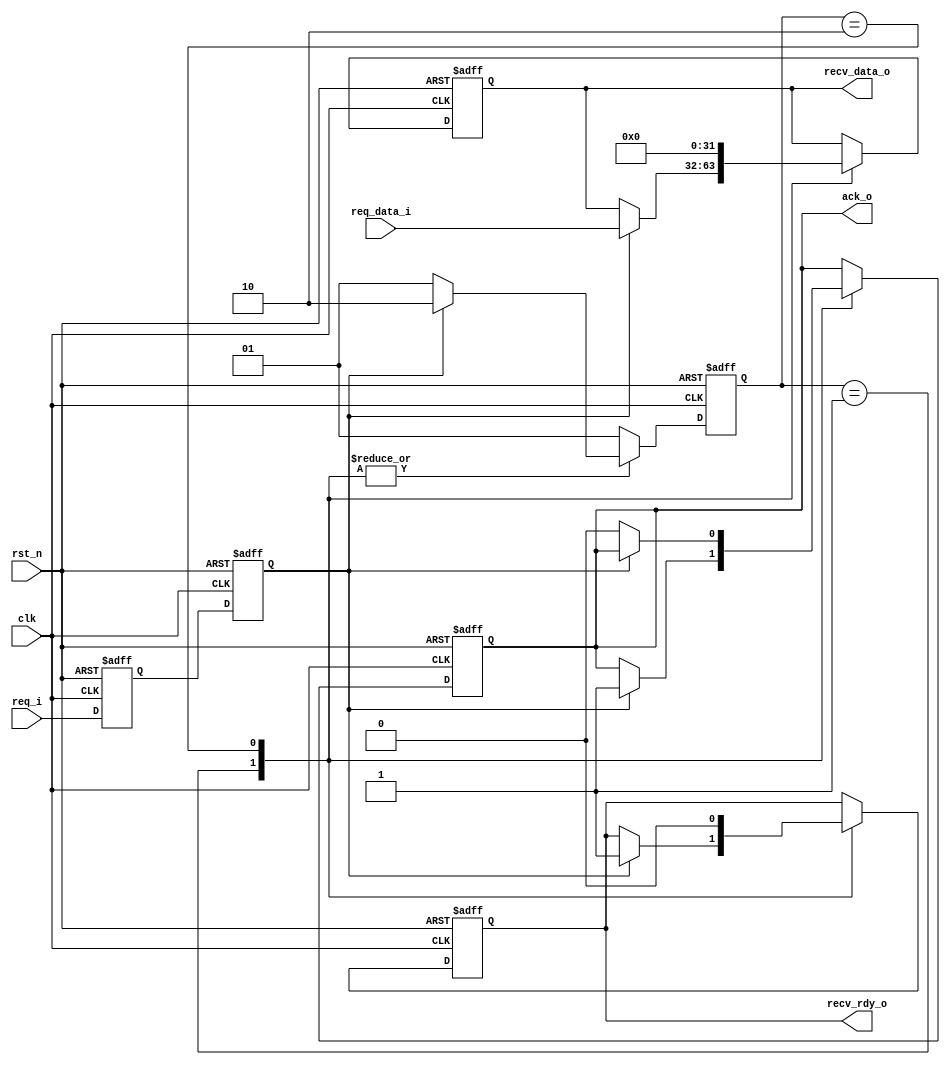
module full_handshake_rx #(
   parameter DW = 32)(             // RXҪݵλ

   input wire clk,                 // RXʱź
   input wire rst_n,               // RX˸λź

   // from tx
   input wire req_i,               // TXź
   input wire[DW-1:0] req_data_i,  // TX

   // to tx
   output wire ack_o,              // RXӦTXź

   // to rx
   output wire[DW-1:0] recv_data_o,// RX˽յ
   output wire recv_rdy_o          // RXǷյź

   );

   localparam STATE_IDLE     = 2'b01;
   localparam STATE_DEASSERT = 2'b10;

   reg[1:0] state;
   reg[1:0] state_next;

   always @ (posedge clk or negedge rst_n) begin
       if (!rst_n) begin
           state <= STATE_IDLE;
       end else begin
           state <= state_next;
       end
   end

   always @ (*) begin
       case (state)
           // ȴTXźreq=1
           STATE_IDLE: begin
               if (req == 1'b1) begin
                   state_next = STATE_DEASSERT;
               end else begin
                   state_next = STATE_IDLE;
               end
           end
           // ȴreq=0
           STATE_DEASSERT: begin
               if (req) begin
                   state_next = STATE_DEASSERT;
               end else begin
                   state_next = STATE_IDLE;
               end
           end
           default: begin
               state_next = STATE_IDLE;
           end
       endcase
   end

   reg req_d;
   reg req;

   // źŴĽͬ
   always @ (posedge clk or negedge rst_n) begin
       if (!rst_n) begin
           req_d <= 1'b0;
           req <= 1'b0;
       end else begin
           req_d <= req_i;
           req <= req_d;
       end
   end

   reg[DW-1:0] recv_data;
   reg recv_rdy;
   reg ack;

   always @ (posedge clk or negedge rst_n) begin
       if (!rst_n) begin
           ack <= 1'b0;
           recv_rdy <= 1'b0;
           recv_data <= {(DW){1'b0}};
       end else begin
           case (state)
               STATE_IDLE: begin
                   if (req == 1'b1) begin
                       ack <= 1'b1;
                       recv_rdy <= 1'b1;           // źֻһʱ
                       recv_data <= req_data_i;    // źֻһʱ
                   end
               end
               STATE_DEASSERT: begin
                   recv_rdy <= 1'b0;
                   recv_data <= {(DW){1'b0}};
                   // reqackҲ
                   if (req == 1'b0) begin
                       ack <= 1'b0;
                   end
               end
           endcase
       end
   end

   assign ack_o = ack;
   assign recv_rdy_o = recv_rdy;
   assign recv_data_o = recv_data;

endmodule